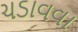
ચડાવવા